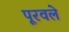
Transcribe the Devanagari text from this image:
पूरवले